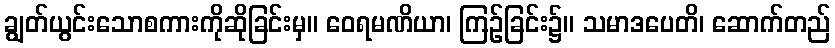
ချွတ်ယွင်းသောစကားကိုဆိုခြင်းမှ။ ဝေရမဏိယာ၊ ကြဉ်ခြင်း၌။ သမာဒပေတိ၊ ဆောက်တည်